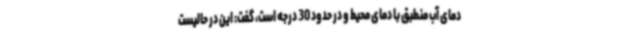
دمای آب منطبق با دمای محیط و در حدود 30 درجه است، گفت: این در حالیست